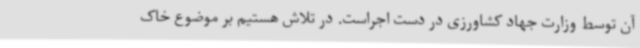
آن توسط وزارت جهاد کشاورزی در دست اجراست. در تلاش هستیم بر موضوع خاک